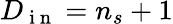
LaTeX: D_{\mathrm{~i~n~}}=n_{s}+1